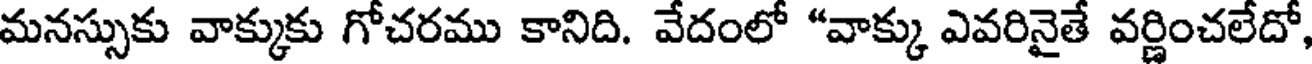
మనస్సుకు వాక్కుకు గోచరము కానిది. వేదంలో "వాక్కు ఎవరినైతే వర్ణించలేదో,